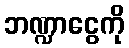
ဘဏ္ဍာငွေကို